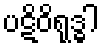
ပဋိဝိရုဒ္ဓါ